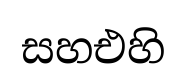
සහඑහි